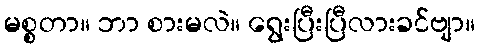
မစ္စတာ။ ဘာ စားမလဲ။ ရွေးပြီးပြီလားခင်ဗျာ။